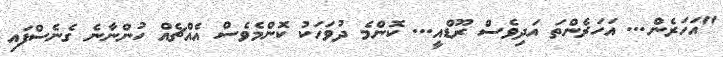
"އަހަރެން... އަހަރެންތަ އަދިވެސް ރޫޑްއީ... ކޮންމެ ދުވަހަކު ކޮންމެވެސް އެއްޗެއް ހުންނާނެ ގެނެސްފައި